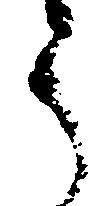
う